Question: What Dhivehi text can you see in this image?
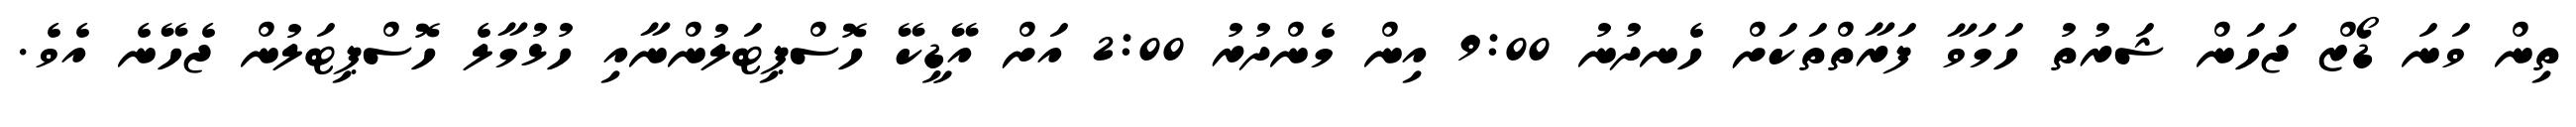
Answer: ތިން ވަނަ ޑޯޒް ޖަހަން ޝަރުތު ހަމަވާ ފަރާތްތަކަށް ހެނދުނު 9:00 އިން މެންދުރު 2:00 އަށް އޭޑީކޭ ހޮސްޕިޓަލުންނާއި ހުޅުމާލެ ހޮސްޕިޓަލުން ޖެހޭނެ އެވެ.